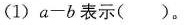
(1) $$a - b$$表示（）。